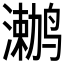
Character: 𲎅